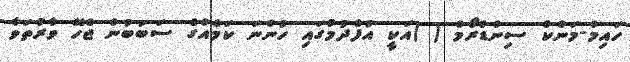
ހައިމް-މަންކް ސިންޑްރޯމް ( )އަކީ އުފެދުމުގައި ހުންނަ ކަމެއްގެ ސަބަބުން ޖެހޭ ވާރުތަވާ